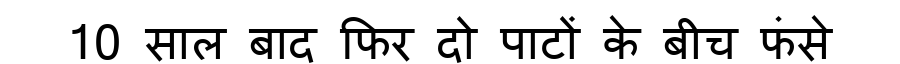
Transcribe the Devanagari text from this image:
10 साल बाद फिर दो पाटों के बीच फंसे